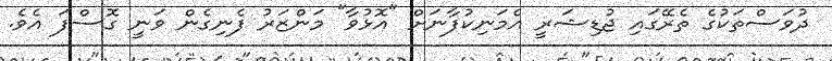
ދުވަސްތަކުގެ ތެރޭގައި ޖުޑިޝަރީ އެމަނިކުފާނަށް "އޮޅުވާ" މަންޒަރު ފެނިގެން ވަނީ ގޮސްފަ އެވެ.